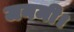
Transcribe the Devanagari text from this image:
जनमी।